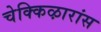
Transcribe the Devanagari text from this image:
चेक्किऴारांस